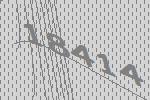
18414